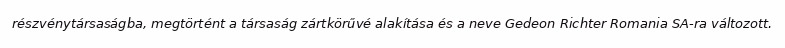
részvénytársaságba, megtörtént a társaság zártkörűvé alakítása és a neve Gedeon Richter Romania SA-ra változott.